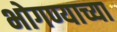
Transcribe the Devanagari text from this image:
भोगण्याच्या